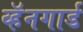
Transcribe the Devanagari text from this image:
व्हॅनगार्ड